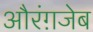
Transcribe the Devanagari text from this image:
औरंग़जेब